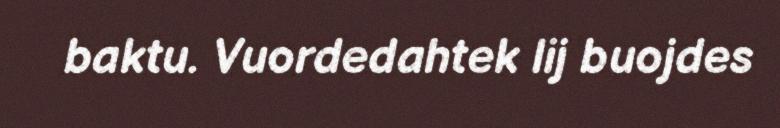
baktu. Vuordedahtek lij buojdes